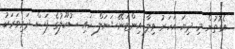
އެގޮތުން މި ދިޔަ އަހަރު ވިލާ އިންޓަނޭޝަނަލް ހައި ސުކޫލުގެ ފަސް ދަރިވަރަކު